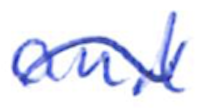
Text: and
Cross-out: wave
Writing tool: ballpoint